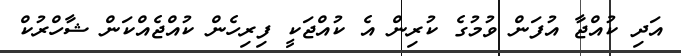
އަދި ކުއްޖާ އުފަން ވުމުގެ ކުރިން އެ ކުއްޖަކީ ފިރިހެން ކުއްޖެއްކަން ޝާހްރުކް